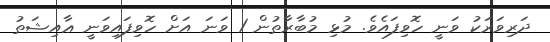
ދަރިވަރަކު ވަނީ ހޮވިފައެވެ. މުޅި މުބާރާތުން 1 ވަނަ އަށް ހޮވިފައިވަނީ ޢާއިޝަތު